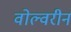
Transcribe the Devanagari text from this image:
वोल्वरीन